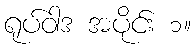
ရုပ်ဝါဒ အပိုင်း ၁။